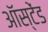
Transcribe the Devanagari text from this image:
ऑस्टेंड